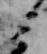
ミ